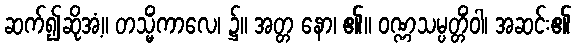
ဆက်၍ဆိုအံ့။ တသ္မိံကာလေ၊ ၌။ အတ္တ နော၊ ၏။ ဝဏ္ဏသမ္ပတ္တိံဝါ၊ အဆင်း၏